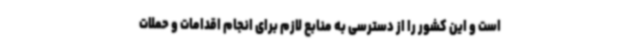
است و این کشور را از دسترسی به منابع لازم برای انجام اقدامات و حملات